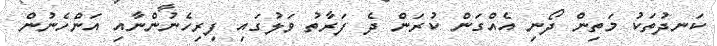
ކަނދުތަކު މަތިން ދޯނި އެއްގަން ކުރަން ދެ ފަރާތު ވަލުގައި ފިރިހެނުންނާއި އަންހެނުން